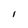
Character: I